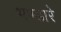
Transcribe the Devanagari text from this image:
भण्‍डारे